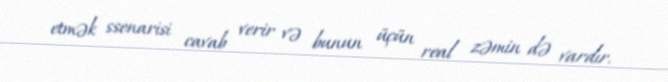
etmək ssenarisi cavab verir və bunun üçün real zəmin də vardır.